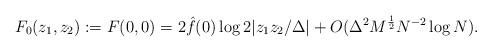
\begin{align*}F_0(z_1, z_2):= F(0, 0) = 2\hat{f}(0)\log 2|z_1z_2/\Delta| + O(\Delta^2M^{\frac{1}{2}}N^{-2}\log N).\end{align*}